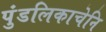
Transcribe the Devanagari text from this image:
पुंडलिकाचेनि